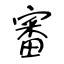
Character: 審